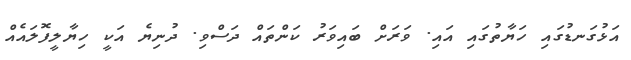
އަޅުގަނޑުގައި ހަޔާތުގައި އައި. ވަރަށް ބައިވަރު ކަންތައް ދަސްވި. ދުނިޔެ އަކީ ހިޔާލީފޮލައެއް